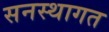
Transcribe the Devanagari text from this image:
सनस्थागत